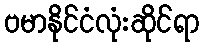
ဗမာနိုင်ငံလုံးဆိုင်ရာ